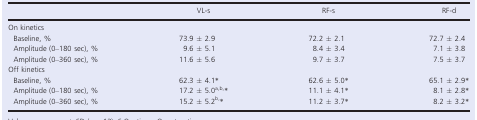
|  | VL‐s | RF‐s | RF‐d |
 | --- | --- | --- | --- |
 | <COLSPAN=4> On kinetics |
 | Baseline, % | 73.9 ± 2.9 | 72.2 ± 2.1 | 72.7 ± 2.4 |
 | Amplitude (0–180 sec), % | 9.6 ± 5.1 | 8.4 ± 3.4 | 7.1 ± 3.8 |
 | Amplitude (0–360 sec), % | 11.6 ± 5.6 | 9.7 ± 3.7 | 7.5 ± 3.7 |
 | <COLSPAN=4> Off kinetics |
 | Baseline, % | 62.3 ± 4.1* | 62.6 ± 5.0* | 65.1 ± 2.9* |
 | Amplitude (0–180 sec), % | 17.2 ± 5.0a,b,* | 11.1 ± 4.1* | 8.1 ± 2.8* |
 | Amplitude (0–360 sec), % | 15.2 ± 5.2b,* | 11.2 ± 3.7* | 8.2 ± 3.2* |